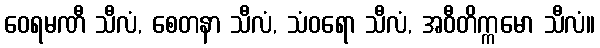
ဝေရမဏီ သီလံ, စေတနာ သီလံ, သံဝရော သီလံ, အဝီတိက္ကမော သီလံ။